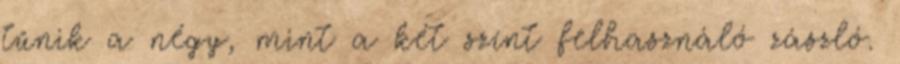
tűnik a négy, mint a két színt felhasználó zászló.